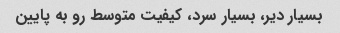
بسیار دیر، بسیار سرد، کیفیت متوسط رو به پایین